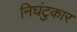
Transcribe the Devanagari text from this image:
निघंटुकार